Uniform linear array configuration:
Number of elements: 8
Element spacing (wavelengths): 0.5
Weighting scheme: kaiser
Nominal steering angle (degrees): -30
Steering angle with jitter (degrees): -30.235
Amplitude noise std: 0.05
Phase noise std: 0.05

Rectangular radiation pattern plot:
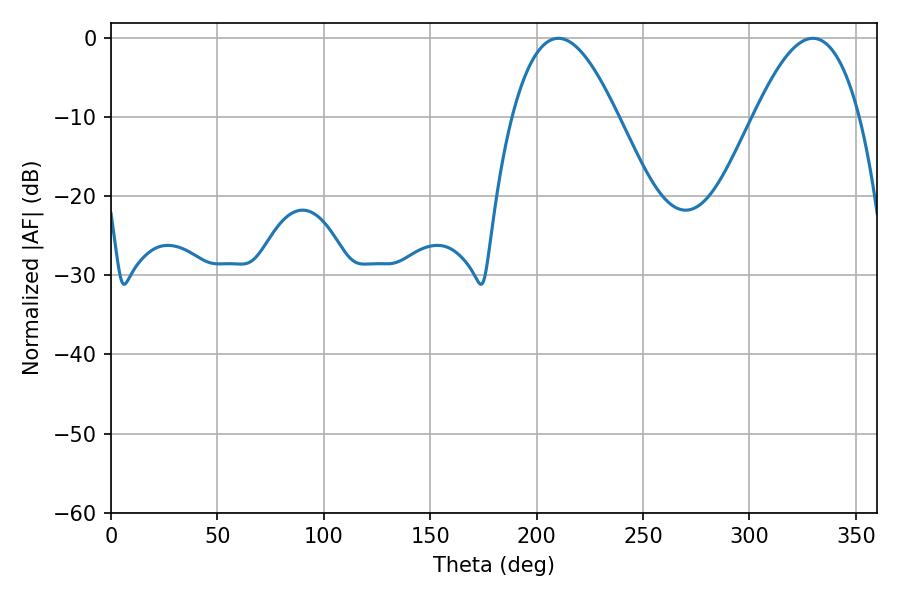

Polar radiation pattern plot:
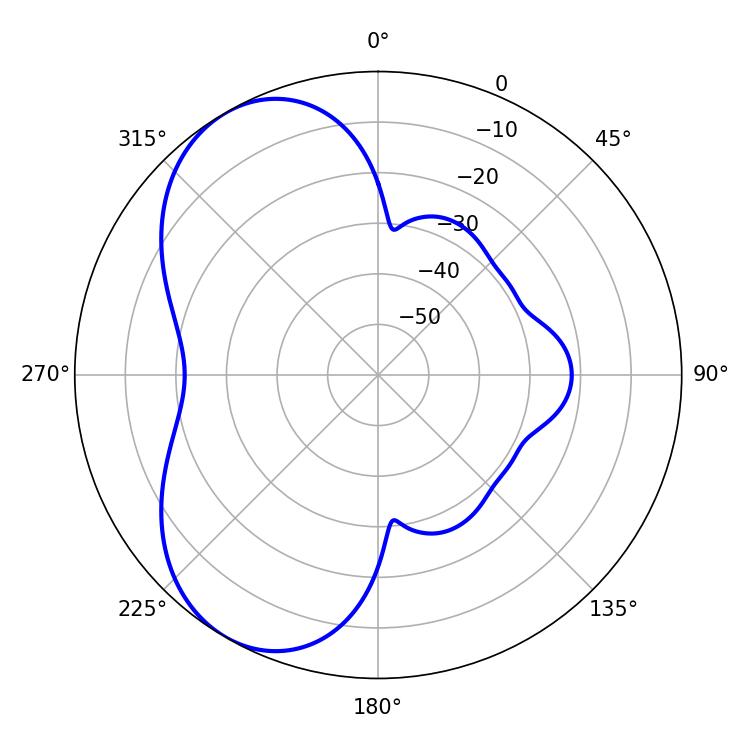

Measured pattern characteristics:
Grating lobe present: FALSE
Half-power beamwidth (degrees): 27
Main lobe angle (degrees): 210.24